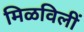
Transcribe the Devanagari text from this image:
मिळविलीं